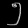
Digit: ၅